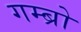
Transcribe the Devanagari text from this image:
गम्ब्रो